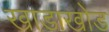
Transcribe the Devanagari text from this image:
खाडाखोड